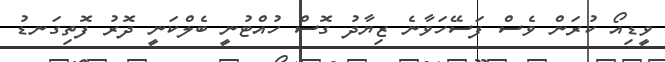
ވީޑިއޯ ކުރަން ވެސް ފަސޭހަވާނެ ޒިޔާދު ގޮސް ހުއްޓުނީ ބެލްކަނީ ދޮރު ފޮތިގަނޑު